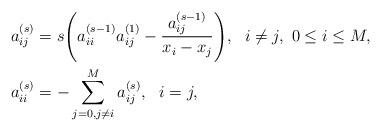
LaTeX: \begin{align*}&a_{ij}^{(s)}=s\Bigg( {a_{ii}^{(s-1)}a_{ij}^{(1)}-\frac{a_{ij}^{(s-1)}}{x_i-x_j}}\Bigg),\ \ i\ne j,\ 0\leq i\leq M,\\&a_{ii}^{(s)}=-\sum\limits_{j=0,j\ne i}^M {a_{ij}^{(s)}} ,\ \ i = j,\end{align*}